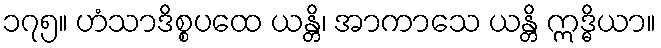
၁၇၅။ ဟံသာဒိစ္စပထေ ယန္တိ၊ အာကာသေ ယန္တိ ဣဒ္ဓိယာ။